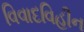
વિવાદવિહીન